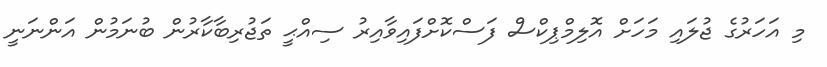
މި އަހަރުގެ ޖުލައި މަހަށް އޮލިމްޕިކްސް ފަސްކޮށްފައިވާއިރު ސިއްޙީ ތަޖުރިބާކާރުން ބުނަމުން އަންނަނީ